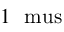
1 ~ \mathrm { \ m u s }